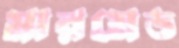
মারমেড